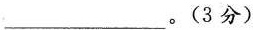
___。(3分)